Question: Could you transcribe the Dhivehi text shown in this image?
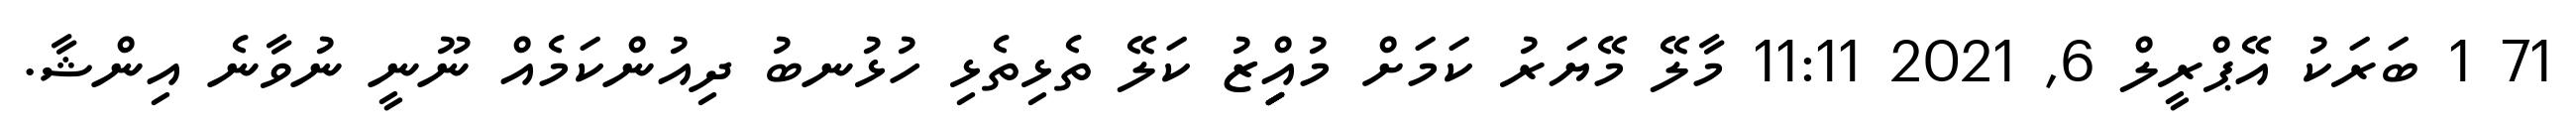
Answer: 71 1 ބަރަކު އޭޕްރީލް 6, 2021 11:11 މާލޭ މޭޔަރު ކަމަށް މުއިިިިިްޒު ކަލޭ ތެޅިތެޅި ހުޅުނބު ދިއުންކަމެއް ނޫނީ ނުވާނެ އިންޝާ.